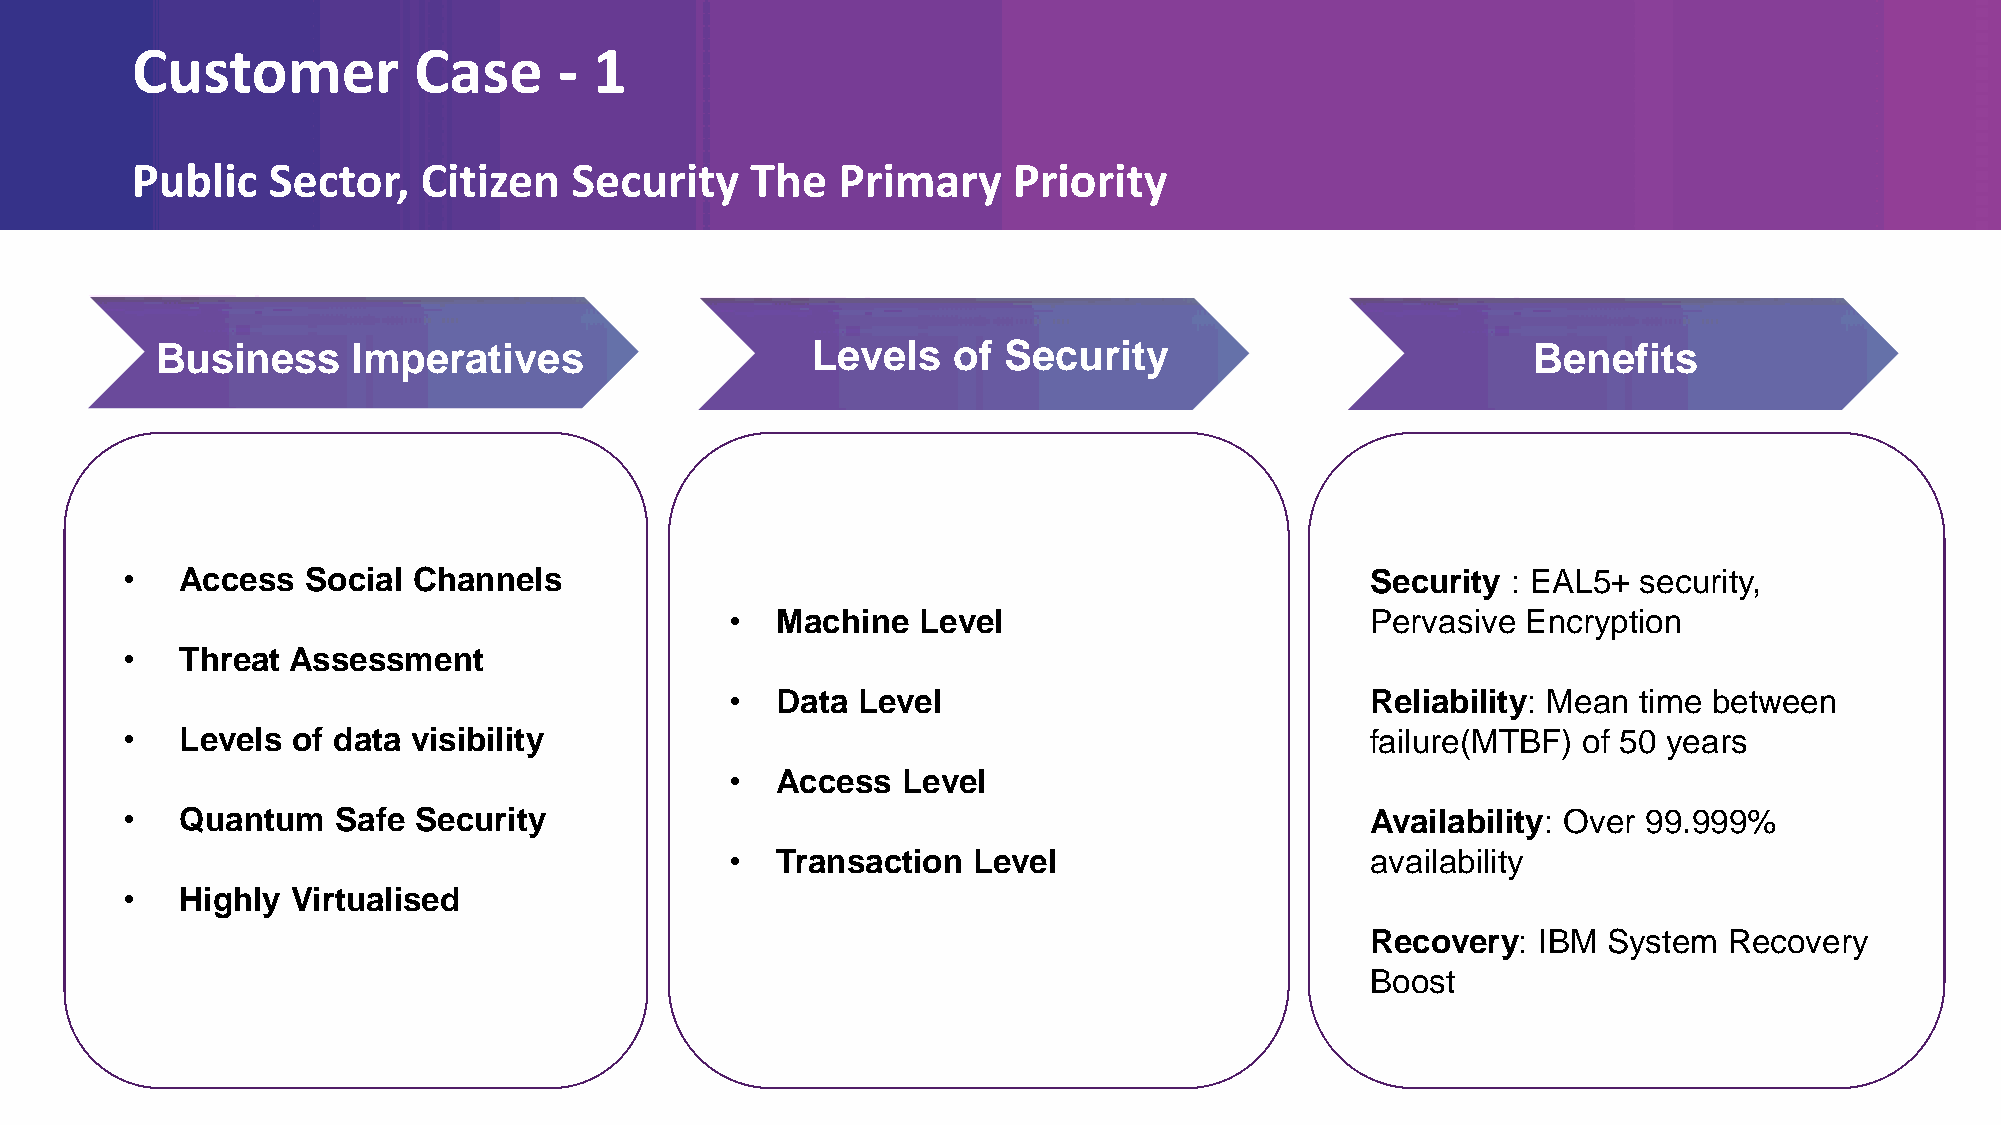
Customer          Case      - 1
 Public   Sector,   Citizen   Security    The  Primary     Priority
 Business     Imperatives                    Levels   of Security                           Benefits
 •   Access  Social Channels                                                        Security : EAL5+  security,
 •  Machine   Level                         Pervasive Encryption
 •   Threat Assessment
 •  Data  Level                             Reliability: Mean time between
 •   Levels of data visibility                                                      failure(MTBF) of 50 years
 •  Access   Level
 •   Quantum   Safe Security                                                        Availability: Over 99.999%
 •  Transaction  Level                      availability
 •   Highly Virtualised
 Recovery:  IBM System  Recovery
 Boost
 INSPIRING YOUR
 FUTURE